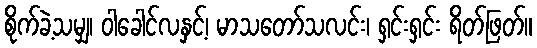
စိုက်ခဲ့သမျှ၊ ဝါခေါင်လနှင့်၊ မာသတော်သလင်း၊ ရှင်းရှင်း ရိတ်ဖြတ်။